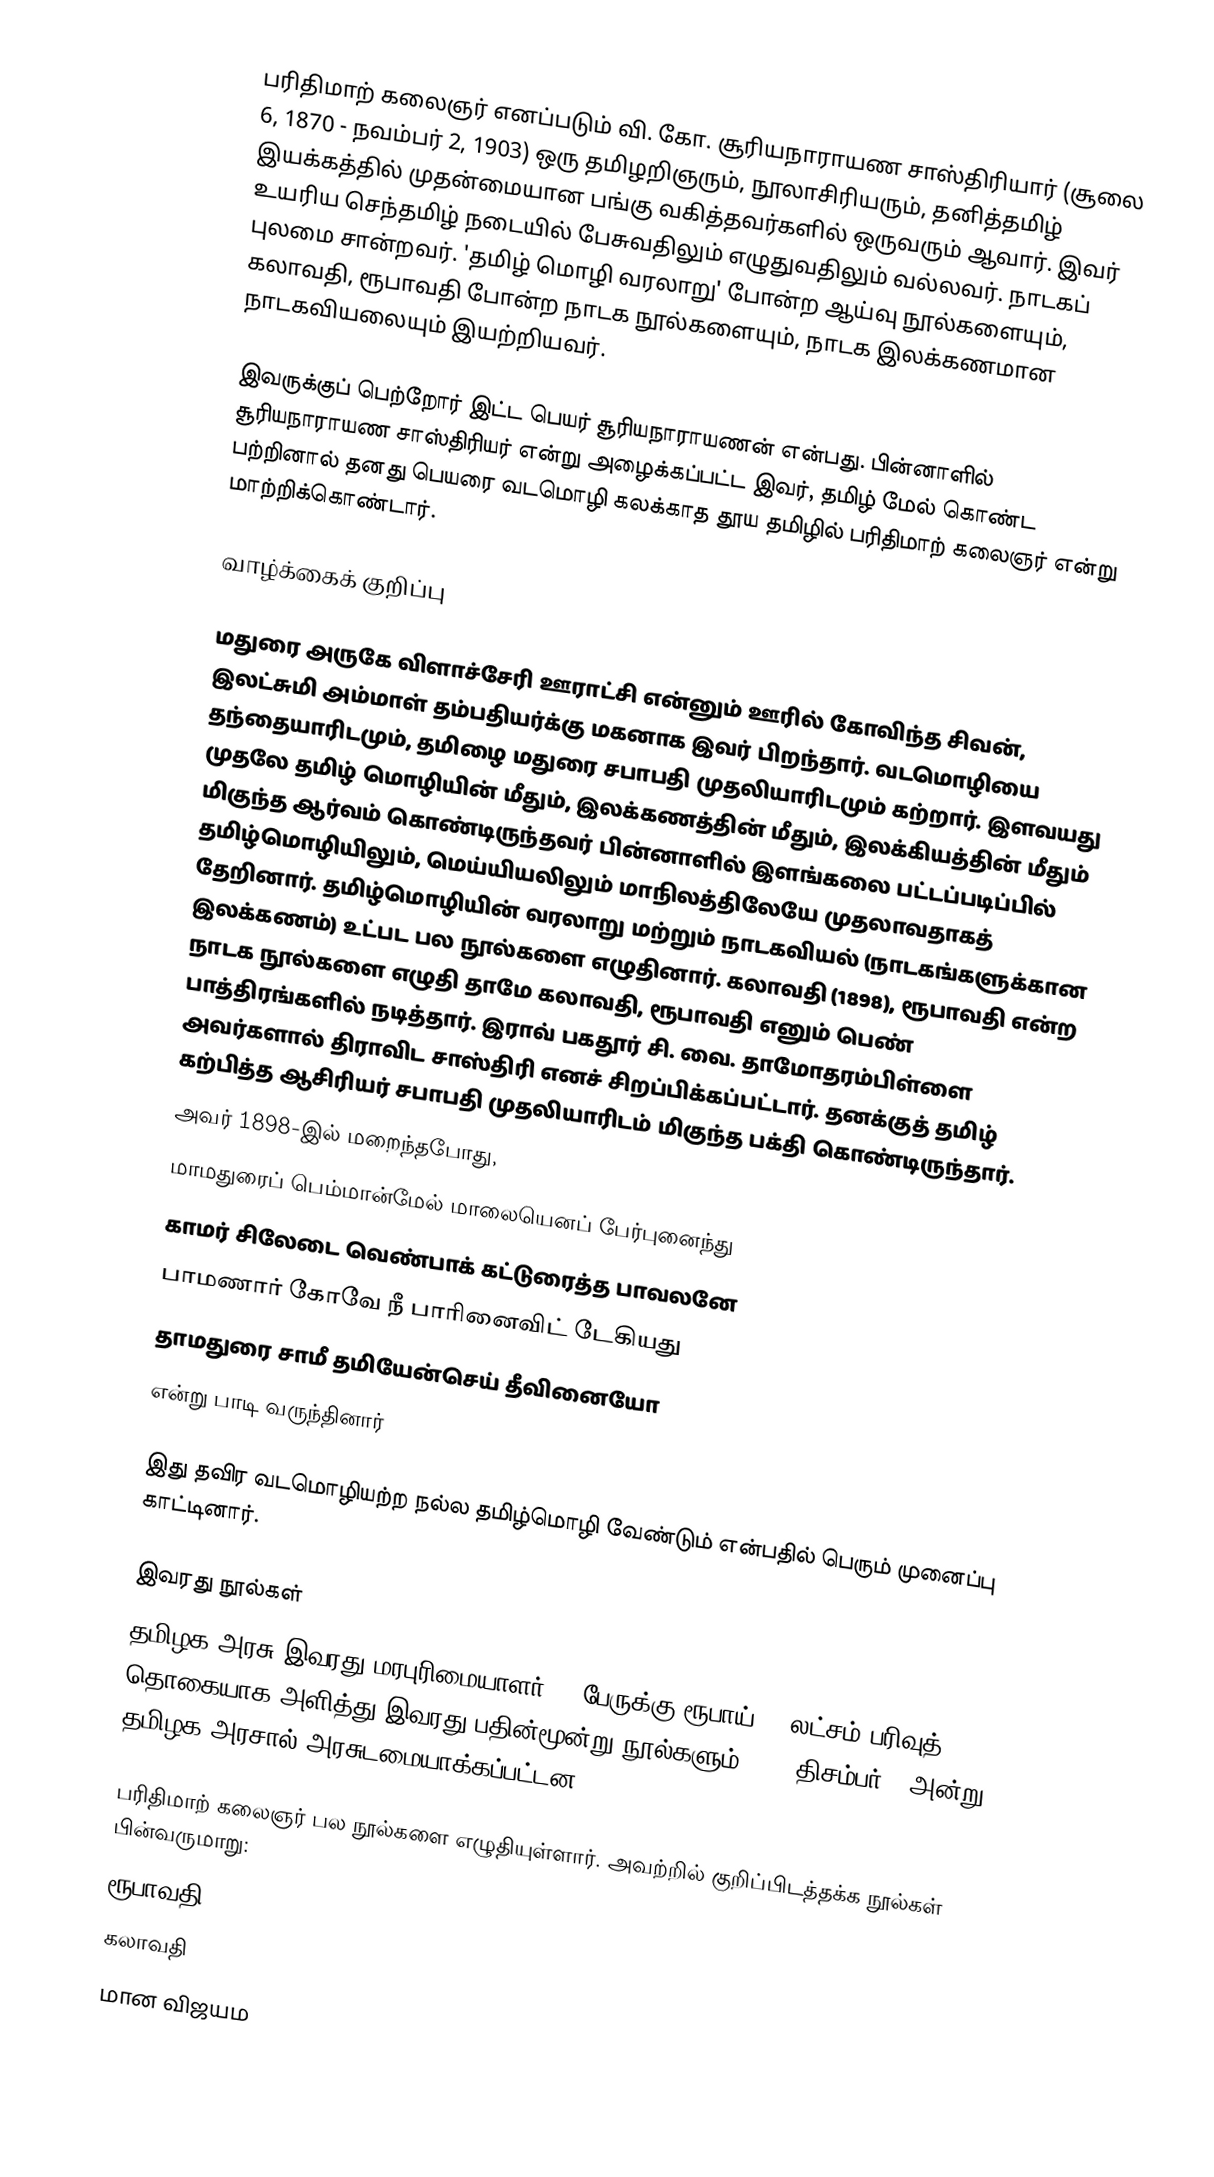
பரிதிமாற் கலைஞர் எனப்படும் வி. கோ. சூரியநாராயண சாஸ்திரியார் (சூலை 6, 1870 - நவம்பர் 2, 1903) ஒரு தமிழறிஞரும், நூலாசிரியரும், தனித்தமிழ் இயக்கத்தில் முதன்மையான பங்கு வகித்தவர்களில் ஒருவரும் ஆவார். இவர் உயரிய செந்தமிழ் நடையில் பேசுவதிலும் எழுதுவதிலும் வல்லவர். நாடகப் புலமை சான்றவர். 'தமிழ் மொழி வரலாறு' போன்ற ஆய்வு நூல்களையும், கலாவதி, ரூபாவதி போன்ற நாடக நூல்களையும், நாடக இலக்கணமான நாடகவியலையும் இயற்றியவர்.

இவருக்குப் பெற்றோர் இட்ட பெயர் சூரியநாராயணன் என்பது. பின்னாளில் சூரியநாராயண சாஸ்திரியர் என்று அழைக்கப்பட்ட இவர், தமிழ் மேல் கொண்ட பற்றினால் தனது பெயரை வடமொழி கலக்காத தூய தமிழில் பரிதிமாற் கலைஞர் என்று மாற்றிக்கொண்டார்.

வாழ்க்கைக் குறிப்பு

மதுரை அருகே விளாச்சேரி ஊராட்சி என்னும் ஊரில் கோவிந்த சிவன், இலட்சுமி அம்மாள் தம்பதியர்க்கு மகனாக இவர் பிறந்தார். வடமொழியை தந்தையாரிடமும், தமிழை மதுரை சபாபதி முதலியாரிடமும் கற்றார். இளவயது முதலே தமிழ் மொழியின் மீதும், இலக்கணத்தின் மீதும், இலக்கியத்தின் மீதும் மிகுந்த ஆர்வம் கொண்டிருந்தவர் பின்னாளில் இளங்கலை பட்டப்படிப்பில் தமிழ்மொழியிலும், மெய்யியலிலும் மாநிலத்திலேயே முதலாவதாகத் தேறினார். தமிழ்மொழியின் வரலாறு மற்றும் நாடகவியல் (நாடகங்களுக்கான இலக்கணம்) உட்பட பல நூல்களை எழுதினார். கலாவதி (1898), ரூபாவதி என்ற நாடக நூல்களை எழுதி தாமே கலாவதி, ரூபாவதி எனும் பெண் பாத்திரங்களில் நடித்தார். இராவ் பகதூர் சி. வை. தாமோதரம்பிள்ளை அவர்களால் திராவிட சாஸ்திரி  எனச் சிறப்பிக்கப்பட்டார். தனக்குத் தமிழ் கற்பித்த ஆசிரியர் சபாபதி முதலியாரிடம் மிகுந்த பக்தி கொண்டிருந்தார்.
அவர் 1898-இல் மறைந்தபோது,
மாமதுரைப் பெம்மான்மேல் மாலையெனப் பேர்புனைந்து
காமர் சிலேடை வெண்பாக் கட்டுரைத்த பாவலனே
பாமணார் கோவே நீ பாரினைவிட் டேகியது
தாமதுரை சாமீ தமியேன்செய் தீவினையோ
என்று பாடி வருந்தினார்

இது தவிர வடமொழியற்ற நல்ல தமிழ்மொழி வேண்டும் என்பதில் பெரும் முனைப்பு காட்டினார்.

இவரது நூல்கள்
தமிழக அரசு இவரது மரபுரிமையாளர் 19 பேருக்கு ரூபாய் 15 லட்சம் பரிவுத் தொகையாக அளித்து இவரது பதின்மூன்று நூல்களும் 2006 திசம்பர் 2 அன்று தமிழக அரசால் அரசுடமையாக்கப்பட்டன.

பரிதிமாற் கலைஞர் பல நூல்களை எழுதியுள்ளார். அவற்றில் குறிப்பிடத்தக்க நூல்கள் பின்வருமாறு:
 ரூபாவதி
 கலாவதி
 மான விஜயம